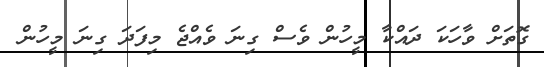
ގޮތަށް ވާހަކަ ދައްކާ މީހުން ވެސް ގިނަ ވެއްޖެ މިފަދަ ގިނަ މީހުން